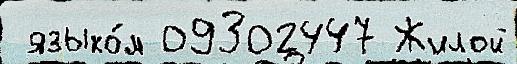
 языко́м 09302447 Жилой